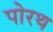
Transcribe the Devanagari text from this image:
पोरथ